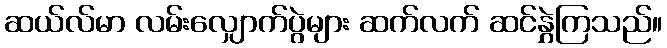
ဆယ်လ်မာ လမ်းလျှောက်ပွဲများ ဆက်လက် ဆင်နွှဲကြသည်။